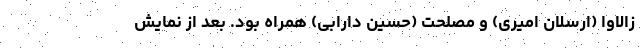
زالاوا (ارسلان امیری) و مصلحت (حسین دارابی) همراه بود. بعد از نمایش